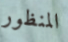
المنظور